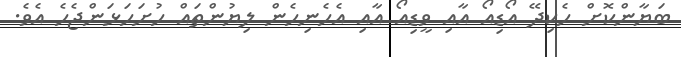
ބަޔާންކޮށް ހެކިދޭ އޯޑިއޯ އާއި ވީޑިއޯ އާއި އެހެނިހެން ލިޔުންތައް ހުށަހަޅަންޖެހެ އެވެ.